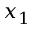
x _ { 1 }